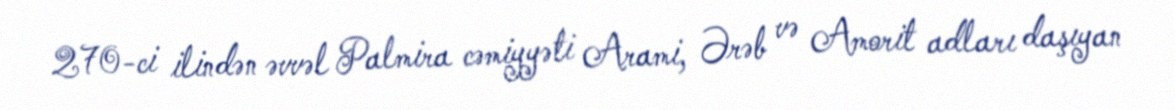
270-ci ilindən əvvəl Palmira cəmiyyəti Arami, Ərəb və Amorit adları daşıyan